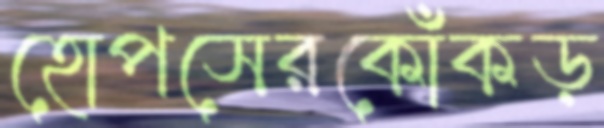
হোপসেরকোঁকড়